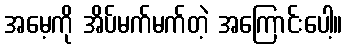
အမေ့ကို အိပ်မက်မက်တဲ့ အကြောင်းပေါ့။